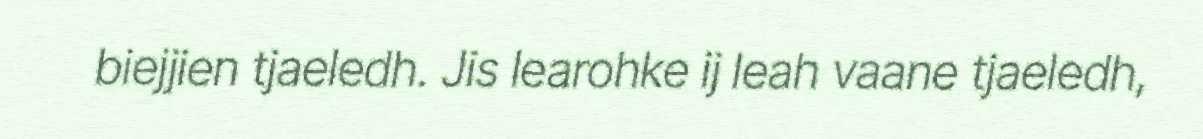
biejjien tjaeledh. Jis learohke ij leah vaane tjaeledh,